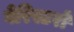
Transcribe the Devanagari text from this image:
वेरिस्टरों